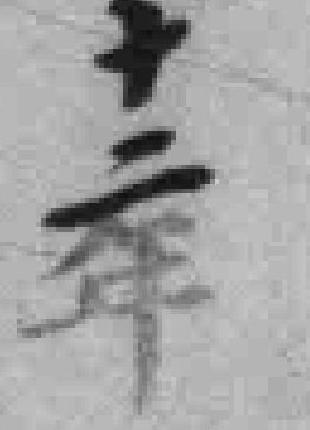
十二年